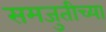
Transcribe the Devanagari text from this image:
समजुतीच्या